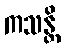
ကသန္တိ